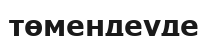
төмендеуде